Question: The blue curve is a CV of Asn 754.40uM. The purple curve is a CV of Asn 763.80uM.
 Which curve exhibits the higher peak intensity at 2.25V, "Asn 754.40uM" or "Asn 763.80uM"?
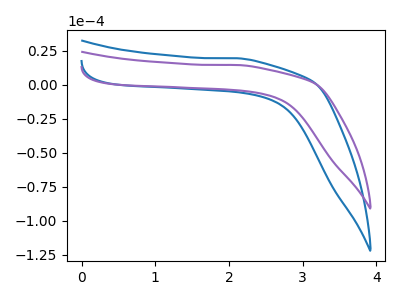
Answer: <think>The blue curve "Asn 754.40uM" has no peaks. The purple curve "Asn 763.80uM" has no peaks.</think>
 <answer>"Asn 754.40uM" and "Asn 763.80uM" dont share a peak at 2.25V.</answer>
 <eval>mismatch</eval>